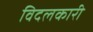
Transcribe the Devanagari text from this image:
विदलकारी